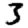
Digit: 3